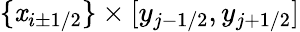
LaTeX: \{ \mathit{x}_{i\pm1/2}\} \times[y_{j-1/2},y_{j+1/2}]